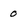
Character: 0